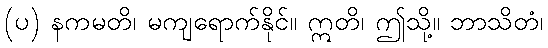
(ပ) နကမတိ၊ မကျရောက်နိုင်။ ဣတိ၊ ဤသို့။ ဘာသိတံ၊